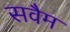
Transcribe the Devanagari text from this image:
सवैम